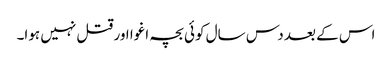
اس کے بعد دس سال کوئی بچہ اغوا اور قتل نہیں ہوا۔